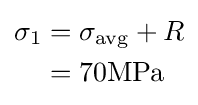
{\begin{aligned}\sigma _{1}&=\sigma _{\mathrm {avg} }+R\\&=70{\textrm {MPa}}\\\end{aligned}}